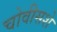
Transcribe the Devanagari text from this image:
चोवीसशे